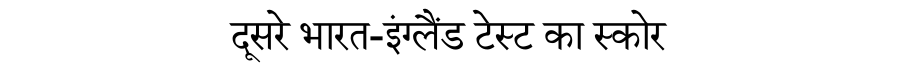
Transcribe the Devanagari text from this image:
दूसरे भारत-इंग्लैंड टेस्ट का स्कोर